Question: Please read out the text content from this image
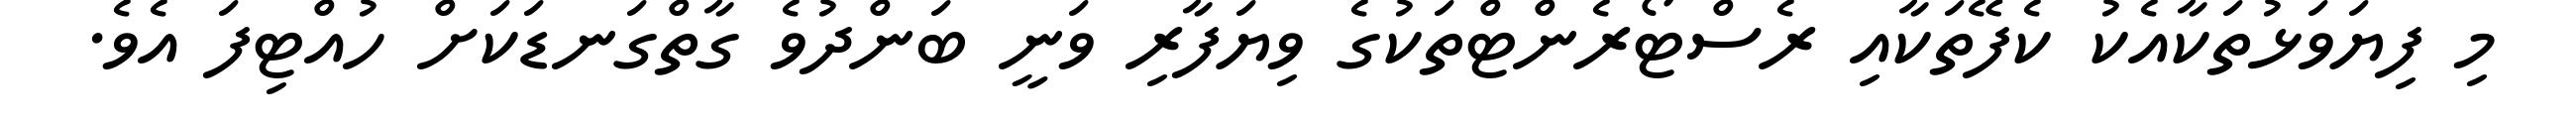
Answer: މި ފިޔަވަޅުތަކާއެކު ކެފޭތަކާއި ރެސްޓޯރެންޓްތަކުގެ ވިޔަފާރި ވަނީ ބަންދުވެ ގާތްގަނޑަކަށް ހުއްޓިފަ އެވެ.